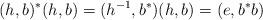
LaTeX: \begin{align*}(h,b)^*(h,b)=(h^{-1},b^*)(h,b)=(e,b^*b)\end{align*}